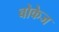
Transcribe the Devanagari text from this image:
बोकेज